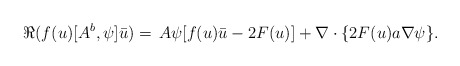
\begin{align*} \Re(f(u)[A^b,\psi]\bar u)= \,A\psi [f(u)\bar u - 2 F(u)] + \nabla\cdot \{ 2F(u) a \nabla \psi \}. \end{align*}